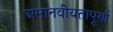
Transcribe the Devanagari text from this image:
अमानवीयतापूर्ण